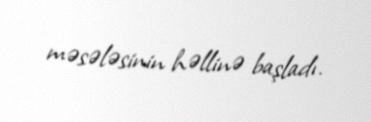
məsələsinin həllinə başladı.